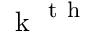
\mathrm { ~ k ~ } ^ { \mathrm { ~ t ~ h ~ } }